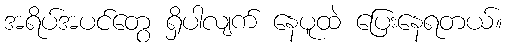
အရိပ်အပင်တွေ ရှိပါလျက် နေပူထဲ ပြေးနေရတယ်။